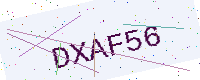
Text: DXAF56